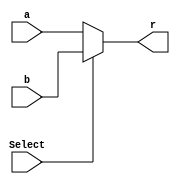
`timescale 1ns / 1ps
module mux2(
    input [31:0] a,
    input [31:0] b,
    input Select,
    output wire[31:0] r
    );
    assign r = (Select==0)?a:b;
endmodule